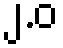
၂.ဝ